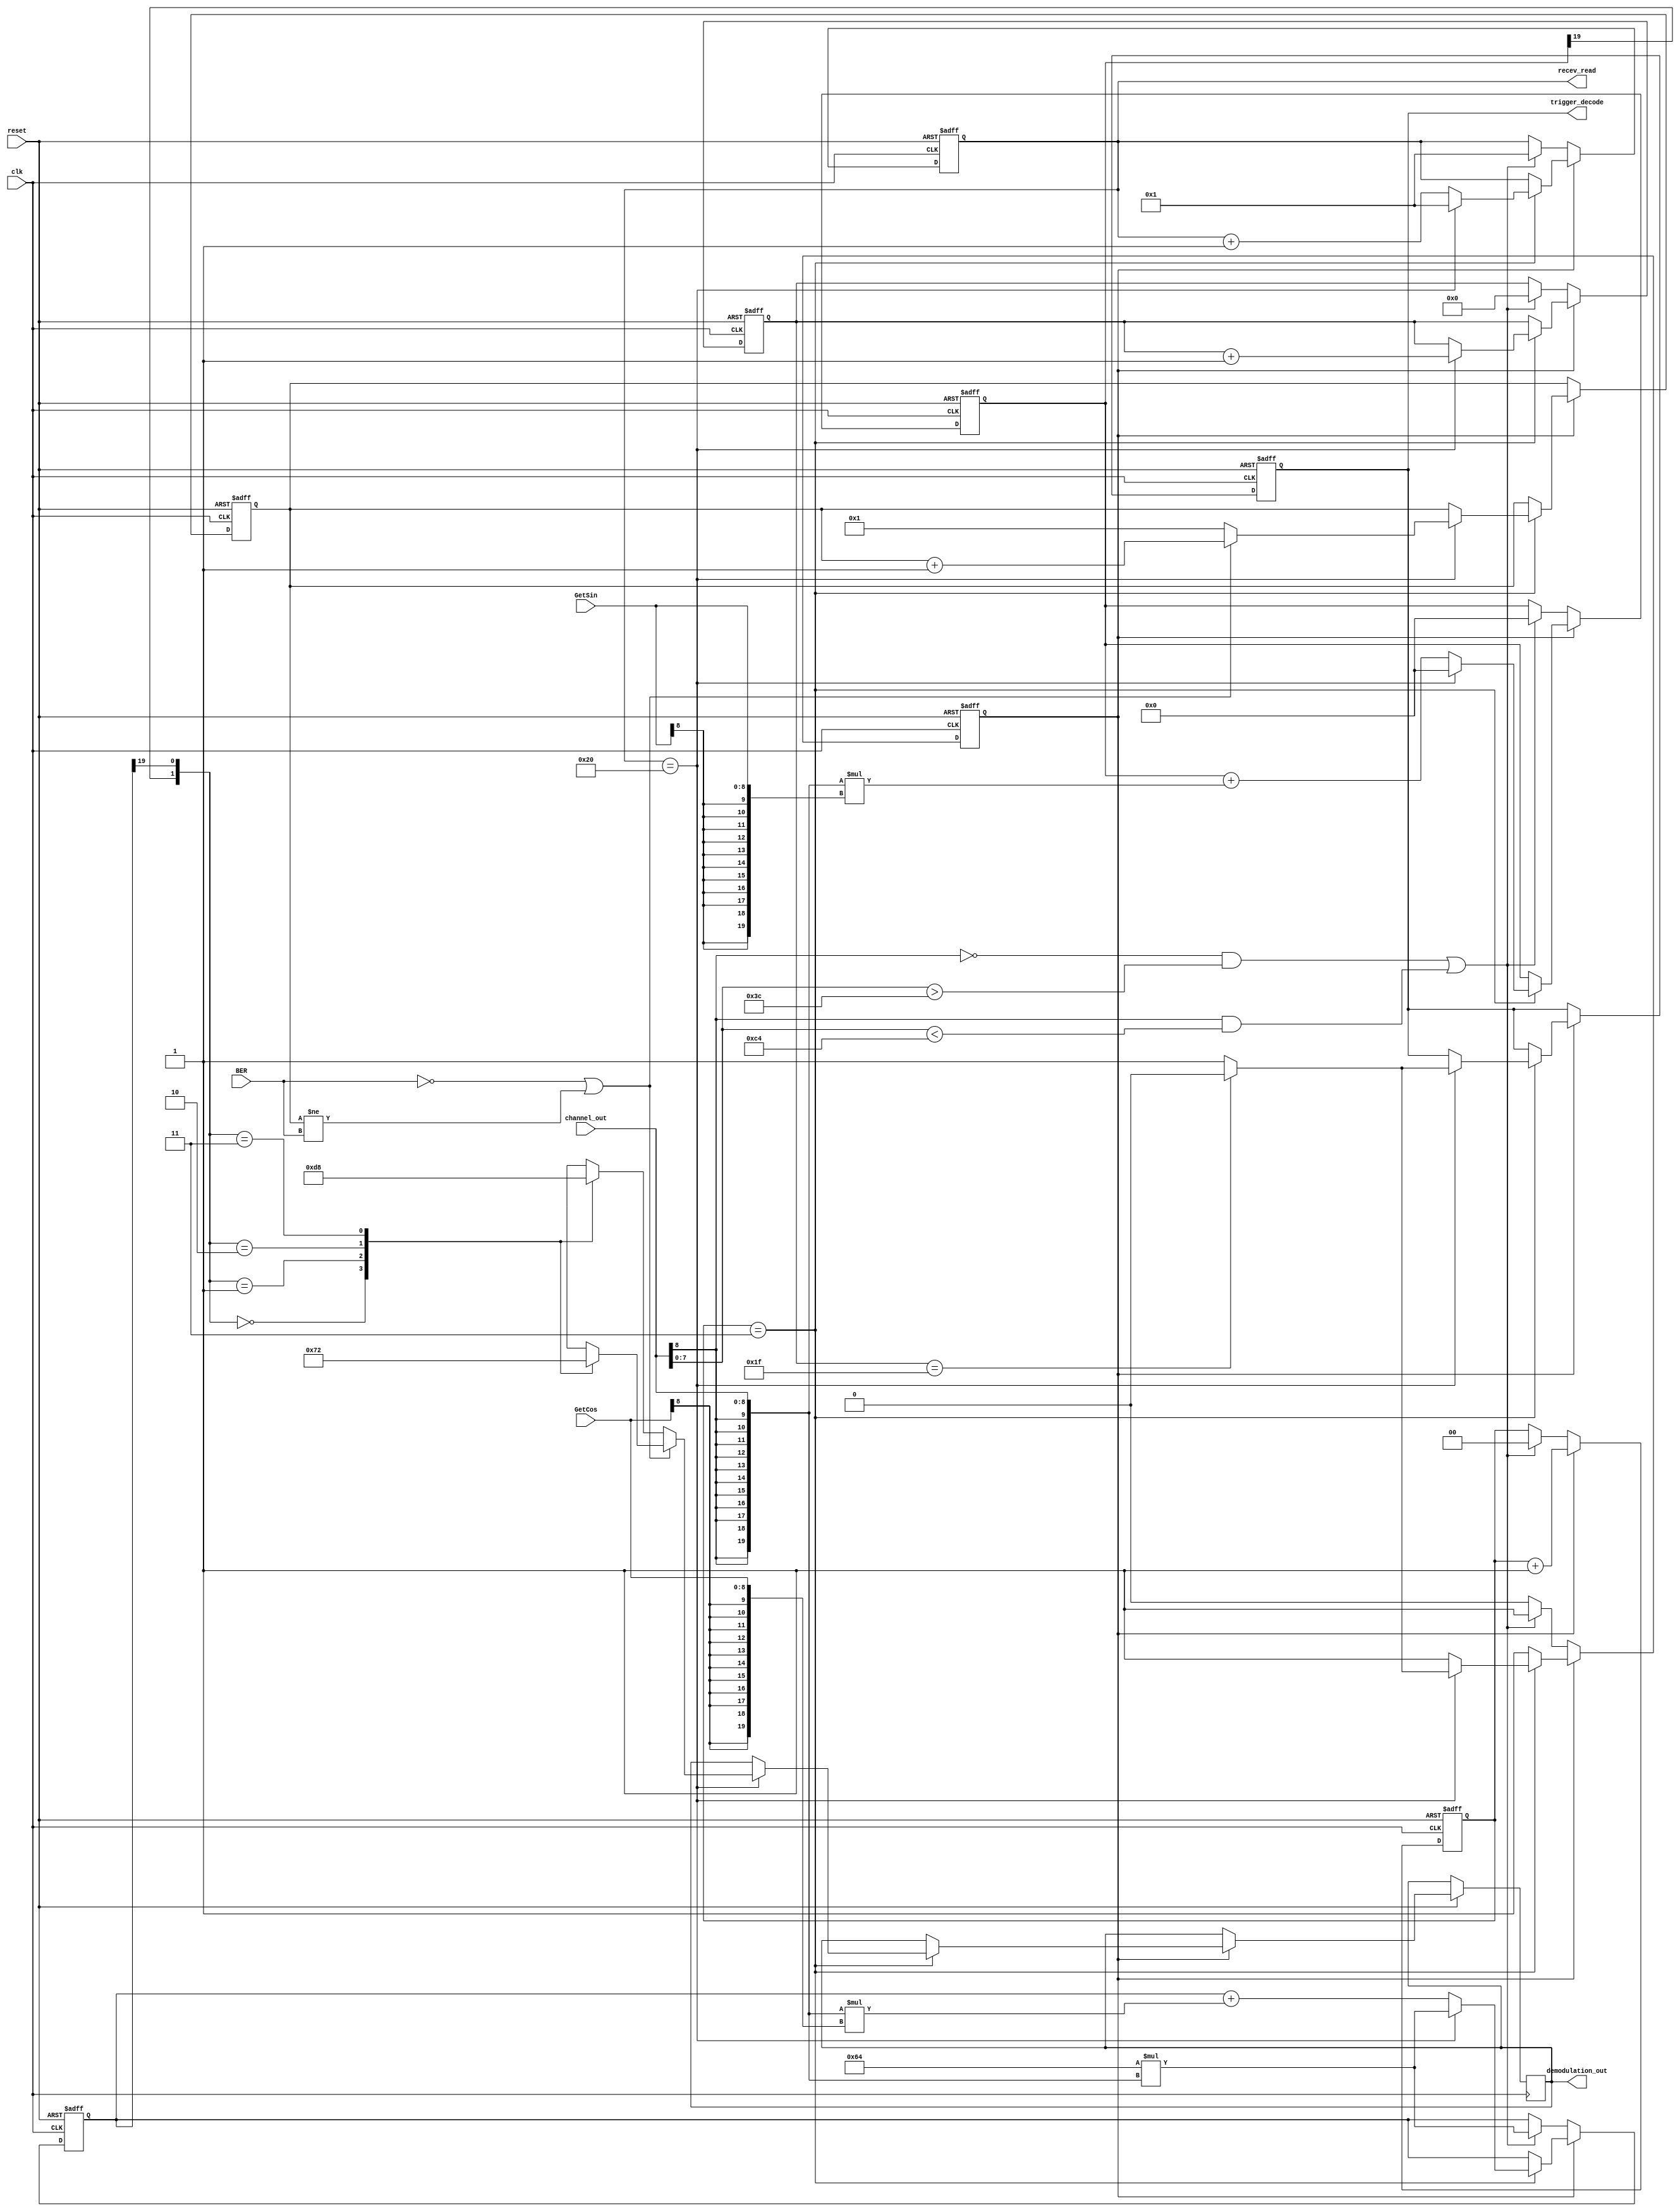
module Demodulation(
	input clk,
	input reset,
	input [8:0] GetSin,
	input [8:0] GetCos,
	input [8:0] channel_out,
	input [3:0] BER,
	output reg [1:0] demodulation_out,
	output reg [6:0] recev_read,
	output reg trigger_decode
	);

reg [19:0] sum_I;
reg [19:0] sum_Q;
reg [1:0] sample_count;

reg [4:0] symbol_count;
reg [3:0] error_count;

reg head_detected;

	
always@(posedge clk or negedge reset) begin
	if(!reset) begin
		sum_I <= 20'd0;
		sum_Q <= 20'd0;
		recev_read <= 7'd0;
		trigger_decode <= 1'b0;
		head_detected <= 1'b0;
		sample_count <= 2'b00;
		symbol_count <= 5'd0;
		error_count <= 4'd1;
	end
	else begin
		if(!head_detected) begin
			if( (channel_out[8]==1'b0 && channel_out[7:0]>8'd60) || (channel_out[8]==1'b1 && channel_out[7:0]<8'd196)) begin
				head_detected <= 1'b1;
				recev_read <= 7'd1;
				sample_count <= 2'b00;
				symbol_count <= 5'd0;
				sum_I <= 20'd0;
				sum_Q <= 20'd100 * {{11{channel_out[8]}},channel_out};
			end
		end
		else begin
			if(sample_count==2'b11) begin
				if(recev_read == 7'd32) begin //Starting time of a symbol
					trigger_decode <= 1'b1;
					
					if(BER == 4'd0 || error_count != BER) begin//if no bit error or current demodulation result is free of error
						case({sum_I[19],sum_Q[19]})
							2'b00 : demodulation_out <= 2'b01;
							2'b01 : demodulation_out <= 2'b11;
							2'b10 : demodulation_out <= 2'b00;
							2'b11 : demodulation_out <= 2'b10;
						endcase
						error_count <= error_count + 4'd1;
					end
					else begin // generate a bit error
						case({sum_I[19],sum_Q[19]})
							2'b00 : demodulation_out <= 2'b11;
							2'b01 : demodulation_out <= 2'b01;
							2'b10 : demodulation_out <= 2'b10;
							2'b11 : demodulation_out <= 2'b00;
						endcase
						error_count <= 4'd1;
					end
						
					
					recev_read <= 7'd1;
					sum_I <= 20'd0;
					sum_Q <= 20'd100 * {{11{channel_out[8]}},channel_out};
					
					if(symbol_count == 5'd31) begin //Start to detect a new frame if the current frame is over
						head_detected<=1'b0; 
						trigger_decode <= 1'b0;
					end
					
					symbol_count <= symbol_count + 5'd1;
				end
				else begin 
					sum_I <= sum_I + {{11{channel_out[8]}},channel_out} * {{11{GetSin[8]}},GetSin};
					sum_Q <= sum_Q + {{11{channel_out[8]}},channel_out} * {{11{GetCos[8]}},GetCos};
					recev_read <= recev_read + 7'd1;
				end
			end
			
			sample_count <= sample_count + 2'b01;
		end
	end
end

endmodule